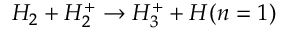
H _ { 2 } + H _ { 2 } ^ { + } \rightarrow H _ { 3 } ^ { + } + H ( n = 1 )